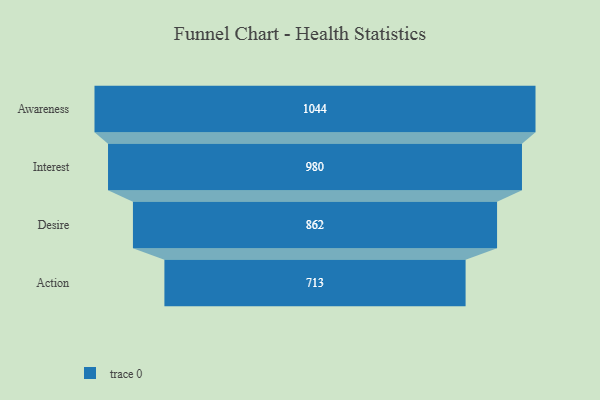
{"axis": {"x": "Stage", "y": "Value"}, "legend": [""], "data": [{"x": "Awareness", "y": 1044.0, "type": ""}, {"x": "Interest", "y": 980.0, "type": ""}, {"x": "Desire", "y": 862.0, "type": ""}, {"x": "Action", "y": 713.0, "type": ""}]}